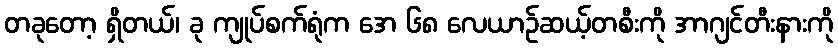
တခုတော့ ရှိတယ်၊ ခု ကျုပ်စက်ရုံက အေ ၆၈ လေယာဉ်ဆယ့်တစီးကို အာဂျင်တီးနားကို